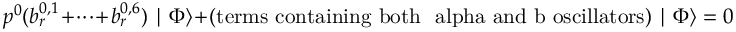
p ^ { 0 } ( b _ { r } ^ { 0 , 1 } + \cdot \cdot \cdot + b _ { r } ^ { 0 , 6 } ) \mid \Phi \rangle + \mathrm { ( t e r m s ~ c o n t a i n i n g ~ b o t h ~ \ a l p h a ~ a n d ~ b ~ o s c i l l a t o r s ) } \mid \Phi \rangle = 0